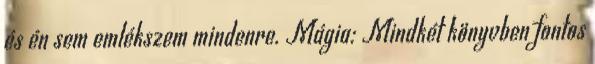
és én sem emlékszem mindenre. Mágia: Mindkét könyvben fontos